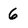
Character: 6